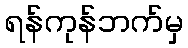
ရန်ကုန်ဘက်မှ